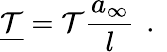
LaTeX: \underline{{\mathcal{T}}}=\mathcal{T}\frac{a_{\infty}}{l}\, \mathrm{~.~}